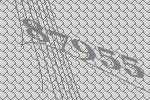
87955